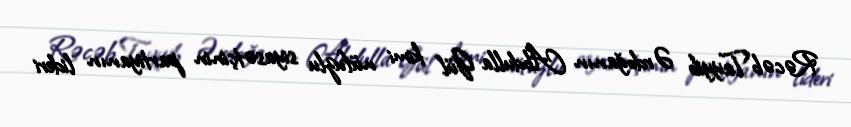
Rəcəb Tayyib Ərdoğanın Abdulla Gül kimi nüfuzlu siyasətçinin partiyanın lideri